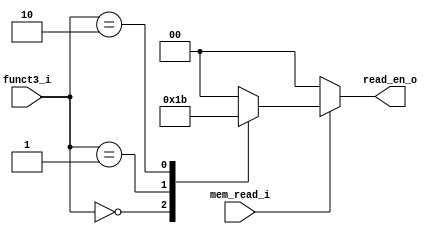
`define LW  3'b010
`define LB  3'b000
`define LH  3'b001

module load
(funct3_i,
mem_read_i,
read_en_o
);

    input [2:0] funct3_i;
    input mem_read_i;
    output reg [1:0] read_en_o;

    always @(*)
    begin
        if(mem_read_i) begin
            case (funct3_i)
            `LB     : read_en_o = 2'b01;
            `LH     : read_en_o = 2'b10;
            `LW     : read_en_o = 2'b11;
            default : read_en_o = 2'b00;
            endcase
        end
        else
        begin
            read_en_o = 2'b00;
        end
    end
endmodule